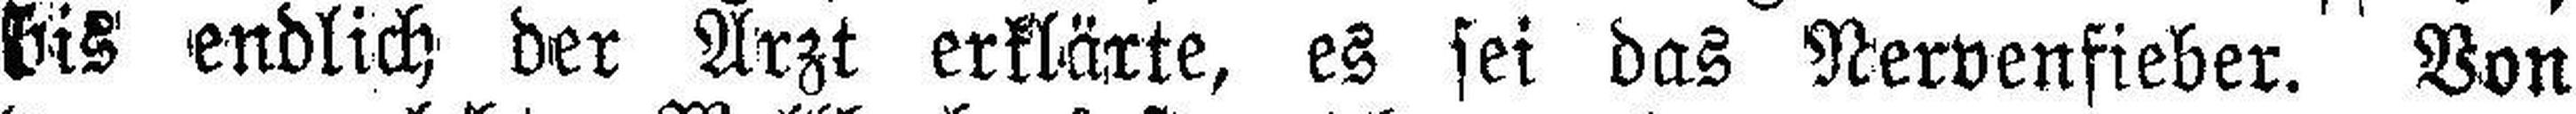
bis endlich der Arzt erklärte, es sei das Nervenfieber. Von